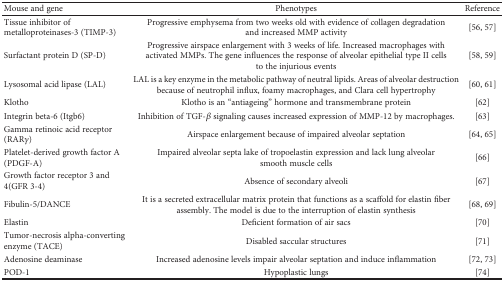
<table><thead><tr><td><b>Mouse and gene</b></td><td><b>Phenotypes</b></td><td><b>Reference</b></td></tr></thead><tbody><tr><td>Tissue inhibitor of metalloproteinases-3 (TIMP-3)</td><td>Progressive emphysema from two weeks old with evidence of collagen degradation and increased MMP activity</td><td>[56, 57]</td></tr><tr><td>Surfactant protein D (SP-D)</td><td>Progressive airspace enlargement with 3 weeks of life. Increased macrophages with activated MMPs. The gene influences the response of alveolar epithelial type II cells to the injurious events</td><td>[58, 59]</td></tr><tr><td>Lysosomal acid lipase (LAL)</td><td>LAL is a key enzyme in the metabolic pathway of neutral lipids. Areas of alveolar destruction because of neutrophil influx, foamy macrophages, and Clara cell hypertrophy</td><td>[60, 61]</td></tr><tr><td>Klotho</td><td>Klotho is an “antiageing” hormone and transmembrane protein</td><td>[62]</td></tr><tr><td>Integrin beta-6 (Itgb6)</td><td>Inhibition of TGF-<i>β</i> signaling causes increased expression of MMP-12 by macrophages.</td><td>[63]</td></tr><tr><td>Gamma retinoic acid receptor (RAR<i>γ</i>)</td><td>Airspace enlargement because of impaired alveolar septation</td><td>[64, 65]</td></tr><tr><td>Platelet-derived growth factor A (PDGF-A)</td><td>Impaired alveolar septa lake of tropoelastin expression and lack lung alveolar smooth muscle cells</td><td>[66]</td></tr><tr><td>Growth factor receptor 3 and 4(GFR 3-4)</td><td>Absence of secondary alveoli</td><td>[67]</td></tr><tr><td>Fibulin-5/DANCE</td><td>It is a secreted extracellular matrix protein that functions as a scaffold for elastin fiber assembly. The model is due to the interruption of elastin synthesis</td><td>[68, 69]</td></tr><tr><td>Elastin</td><td>Deficient formation of air sacs</td><td>[70]</td></tr><tr><td>Tumor-necrosis alpha-converting enzyme (TACE)</td><td>Disabled saccular structures</td><td>[71]</td></tr><tr><td>Adenosine deaminase</td><td>Increased adenosine levels impair alveolar septation and induce inflammation</td><td>[72, 73]</td></tr><tr><td>POD-1</td><td>Hypoplastic lungs</td><td>[74]</td></tr></tbody></table>